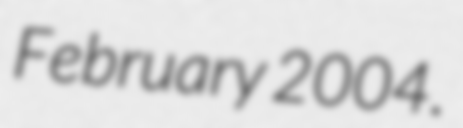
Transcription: February 2004.